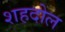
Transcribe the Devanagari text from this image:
शहदोल